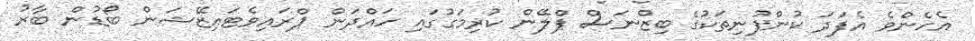
އެހެންވެ އެފަދަ ކުންފުނިތަކުގެ ބިޒްނަސް ޕްލޭން ކުރިމަގުގައި ހައްދަން ޕްރައިވެޓައިޒޭޝަން ބޯޑުން ބާރު